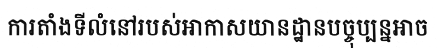
ការតាំងទីលំនៅរបស់អាកាសយានដ្ឋានបច្ចុប្បន្នអាច